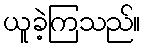
ယူခဲ့ကြသည်။